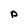
Character: p